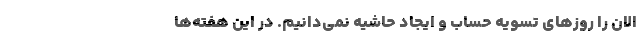
الان را روزهای تسویه حساب و ایجاد حاشیه نمی‌دانیم. در این هفته‌ها